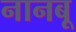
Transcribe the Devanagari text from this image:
नानबू